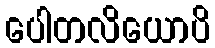
ပေါတလိယောပိ